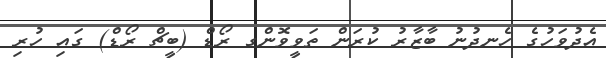
އެދުވަހުގެ ހެނދުނު ބާޒާރު ކުރަން ތަވީވޮންގ ރޯޑް (ބީޗް ރޯޑް) ގައި ހުރި